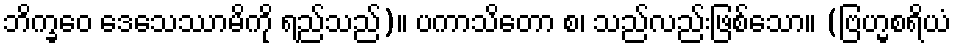
ဘိက္ခဝေ ဒေသေဿာမိကို ရည်သည်)။ ပကာသိတော စ၊ သည်လည်းဖြစ်သော။ (ဗြဟ္မစရိယံ